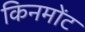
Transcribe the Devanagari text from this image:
किनमोंट